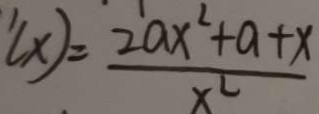
( x ) = \frac { 2 a x ^ { 2 } + a + x } { x ^ { 2 } }